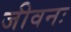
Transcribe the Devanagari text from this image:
जीवनः